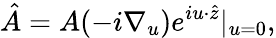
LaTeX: \hat{A}=A(-i\nabla_{u})e^{iu\cdot\hat{z}}|_{u=0},